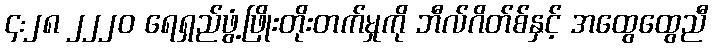
၄:၂၈ ၂၂၂၀ ရေရှည်ဖွံ့ဖြိုးတိုးတက်မှုကို ဘီလ်ဂိတ်စ်နှင့် အထွေထွေညီ